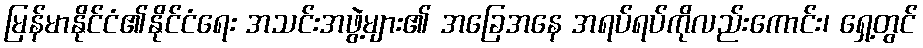
မြန်မာနိုင်ငံ၏နိုင်ငံရေး အသင်းအဖွဲ့များ၏ အခြေအနေ အရပ်ရပ်ကိုလည်းကောင်း၊ ရှေ့တွင်